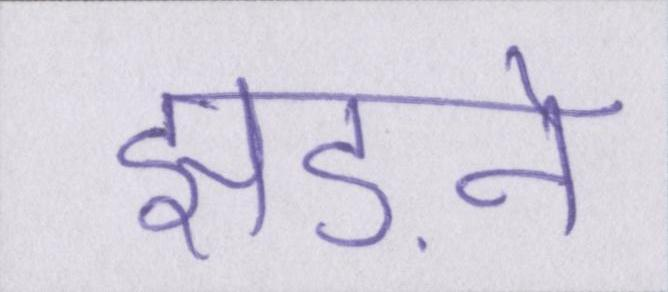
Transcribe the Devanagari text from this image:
झड़ने